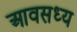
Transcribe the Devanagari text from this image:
आवसध्य